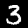
Digit: 3